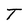
Character: T